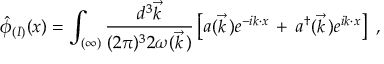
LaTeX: \hat { \phi } _ { ( I ) } ( x ) = \int _ { ( \infty ) } \frac { d ^ { 3 } \vec { k } } { ( 2 \pi ) ^ { 3 } 2 \omega ( \vec { k } \, ) } \left[ a ( \vec { k } \, ) e ^ { - i k \cdot x } \, + \, a ^ { \dagger } ( \vec { k } \, ) e ^ { i k \cdot x } \right] \ ,